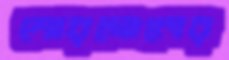
শোরগোলের